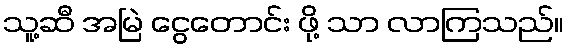
သူ့ဆီ အမြဲ ငွေတောင်း ဖို့ သာ လာကြသည်။